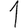
Digit: 1